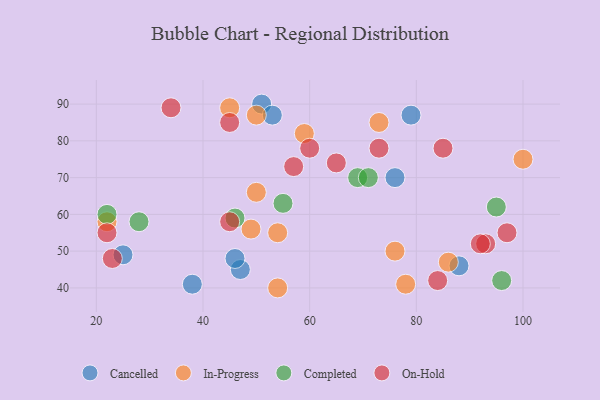
{"axis": {"x": "GDP", "y": "Life Expectancy"}, "legend": ["Cancelled", "Completed", "In-Progress", "On-Hold"], "data": [{"x": "51", "y": 90, "type": "Cancelled"}, {"x": "38", "y": 41, "type": "Cancelled"}, {"x": "47", "y": 45, "type": "Cancelled"}, {"x": "76", "y": 70, "type": "Cancelled"}, {"x": "88", "y": 46, "type": "Cancelled"}, {"x": "46", "y": 48, "type": "Cancelled"}, {"x": "79", "y": 87, "type": "Cancelled"}, {"x": "25", "y": 49, "type": "Cancelled"}, {"x": "53", "y": 87, "type": "Cancelled"}, {"x": "50", "y": 87, "type": "In-Progress"}, {"x": "73", "y": 85, "type": "In-Progress"}, {"x": "49", "y": 56, "type": "In-Progress"}, {"x": "22", "y": 58, "type": "In-Progress"}, {"x": "76", "y": 50, "type": "In-Progress"}, {"x": "100", "y": 75, "type": "In-Progress"}, {"x": "54", "y": 40, "type": "In-Progress"}, {"x": "50", "y": 66, "type": "In-Progress"}, {"x": "78", "y": 41, "type": "In-Progress"}, {"x": "45", "y": 89, "type": "In-Progress"}, {"x": "59", "y": 82, "type": "In-Progress"}, {"x": "54", "y": 55, "type": "In-Progress"}, {"x": "86", "y": 47, "type": "In-Progress"}, {"x": "69", "y": 70, "type": "Completed"}, {"x": "28", "y": 58, "type": "Completed"}, {"x": "22", "y": 60, "type": "Completed"}, {"x": "96", "y": 42, "type": "Completed"}, {"x": "95", "y": 62, "type": "Completed"}, {"x": "55", "y": 63, "type": "Completed"}, {"x": "46", "y": 59, "type": "Completed"}, {"x": "71", "y": 70, "type": "Completed"}, {"x": "84", "y": 42, "type": "On-Hold"}, {"x": "60", "y": 78, "type": "On-Hold"}, {"x": "73", "y": 78, "type": "On-Hold"}, {"x": "57", "y": 73, "type": "On-Hold"}, {"x": "85", "y": 78, "type": "On-Hold"}, {"x": "22", "y": 55, "type": "On-Hold"}, {"x": "34", "y": 89, "type": "On-Hold"}, {"x": "65", "y": 74, "type": "On-Hold"}, {"x": "45", "y": 85, "type": "On-Hold"}, {"x": "23", "y": 48, "type": "On-Hold"}, {"x": "97", "y": 55, "type": "On-Hold"}, {"x": "93", "y": 52, "type": "On-Hold"}, {"x": "45", "y": 58, "type": "On-Hold"}, {"x": "92", "y": 52, "type": "On-Hold"}]}